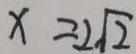
x = 2 \sqrt { 2 }